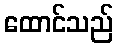
ထောင်သည်